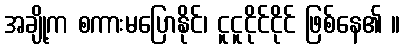
အချို့က စကားမပြောနိုင်၊ ငူငူငိုင်ငိုင် ဖြစ်နေ၏ ။